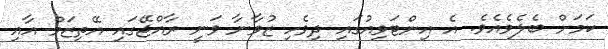
ކަމަށް ބެލެވެއެވެ. އެ އިންޓަވިއުގައި ދިވެހި ޒުވާނާ ވަނީ ރާއްޖޭގައި އޭތިޒަމް އާއި